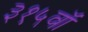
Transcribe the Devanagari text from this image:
३१५वॉ